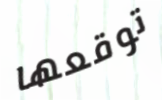
توقعها